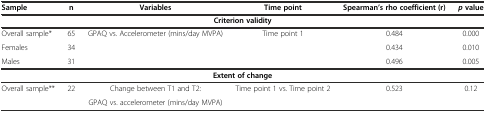
<table><thead><tr><td><b>Sample</b></td><td><b>n</b></td><td><b>Variables</b></td><td><b>Time point</b></td><td><b>Spearman’s rho coefficient (r)</b></td><td><b><i>p</i>value</b></td></tr></thead><tbody><tr><td colspan="6"><b>Criterion validity</b></td></tr><tr><td>Overall sample*</td><td>65</td><td>GPAQ vs. Accelerometer (mins/day MVPA)</td><td>Time point 1</td><td>0.484</td><td>0.000</td></tr><tr><td>Females</td><td>34</td><td></td><td></td><td>0.434</td><td>0.010</td></tr><tr><td>Males</td><td>31</td><td></td><td></td><td>0.496</td><td>0.005</td></tr><tr><td colspan="6"><b>Extent of change</b></td></tr><tr><td>Overall sample**</td><td>22</td><td>Change between T1 and T2:</td><td>Time point 1 vs. Time point 2</td><td>0.523</td><td>0.12</td></tr><tr><td></td><td></td><td>GPAQ vs. accelerometer (mins/day MVPA)</td><td></td><td></td><td></td></tr></tbody></table>